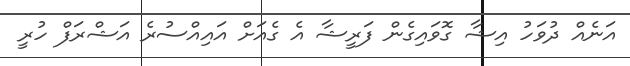
އަނެއް ދުވަހު އިޝާ ގޮވައިގެން ފަރީޝާ އެ ގެއަށް އައިއްސުރެ އަޝްރަފް ހުރީ